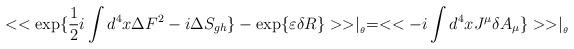
LaTeX: \begin{align*}<<\exp \{\frac{1}{2}i\int d^{4}x\Delta F^{2}-i\Delta S_{gh}\}-\exp \{\varepsilon \delta R\}>>\mid _{_{\theta }}=<<-i\int d^{4}xJ^{\mu }\delta A_{\mu }\}>>\mid _{_{\theta }}\end{align*}